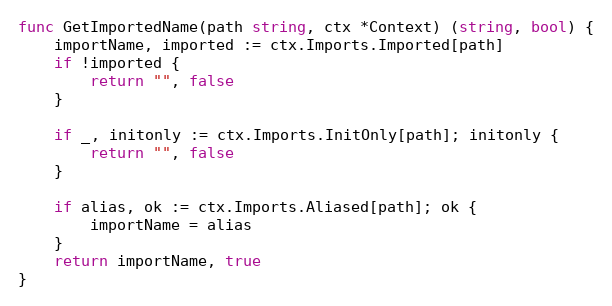
Language: Go
func GetImportedName(path string, ctx *Context) (string, bool) {
	importName, imported := ctx.Imports.Imported[path]
	if !imported {
		return "", false
	}

	if _, initonly := ctx.Imports.InitOnly[path]; initonly {
		return "", false
	}

	if alias, ok := ctx.Imports.Aliased[path]; ok {
		importName = alias
	}
	return importName, true
}